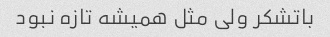
باتشکر ولی مثل همیشه تازه نبود